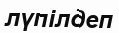
лүпілдеп